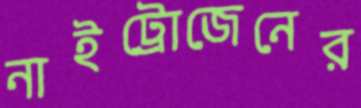
নাইট্রোজেনের